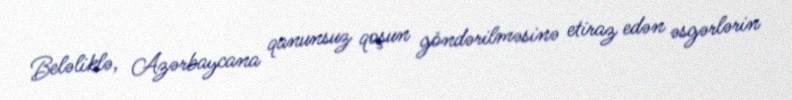
Beləliklə, Azərbaycana qanunsuz qoşun göndərilməsinə etiraz edən əsgərlərin